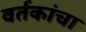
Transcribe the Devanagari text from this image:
वर्तकांचा